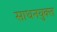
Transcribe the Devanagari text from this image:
साधनयुक्त